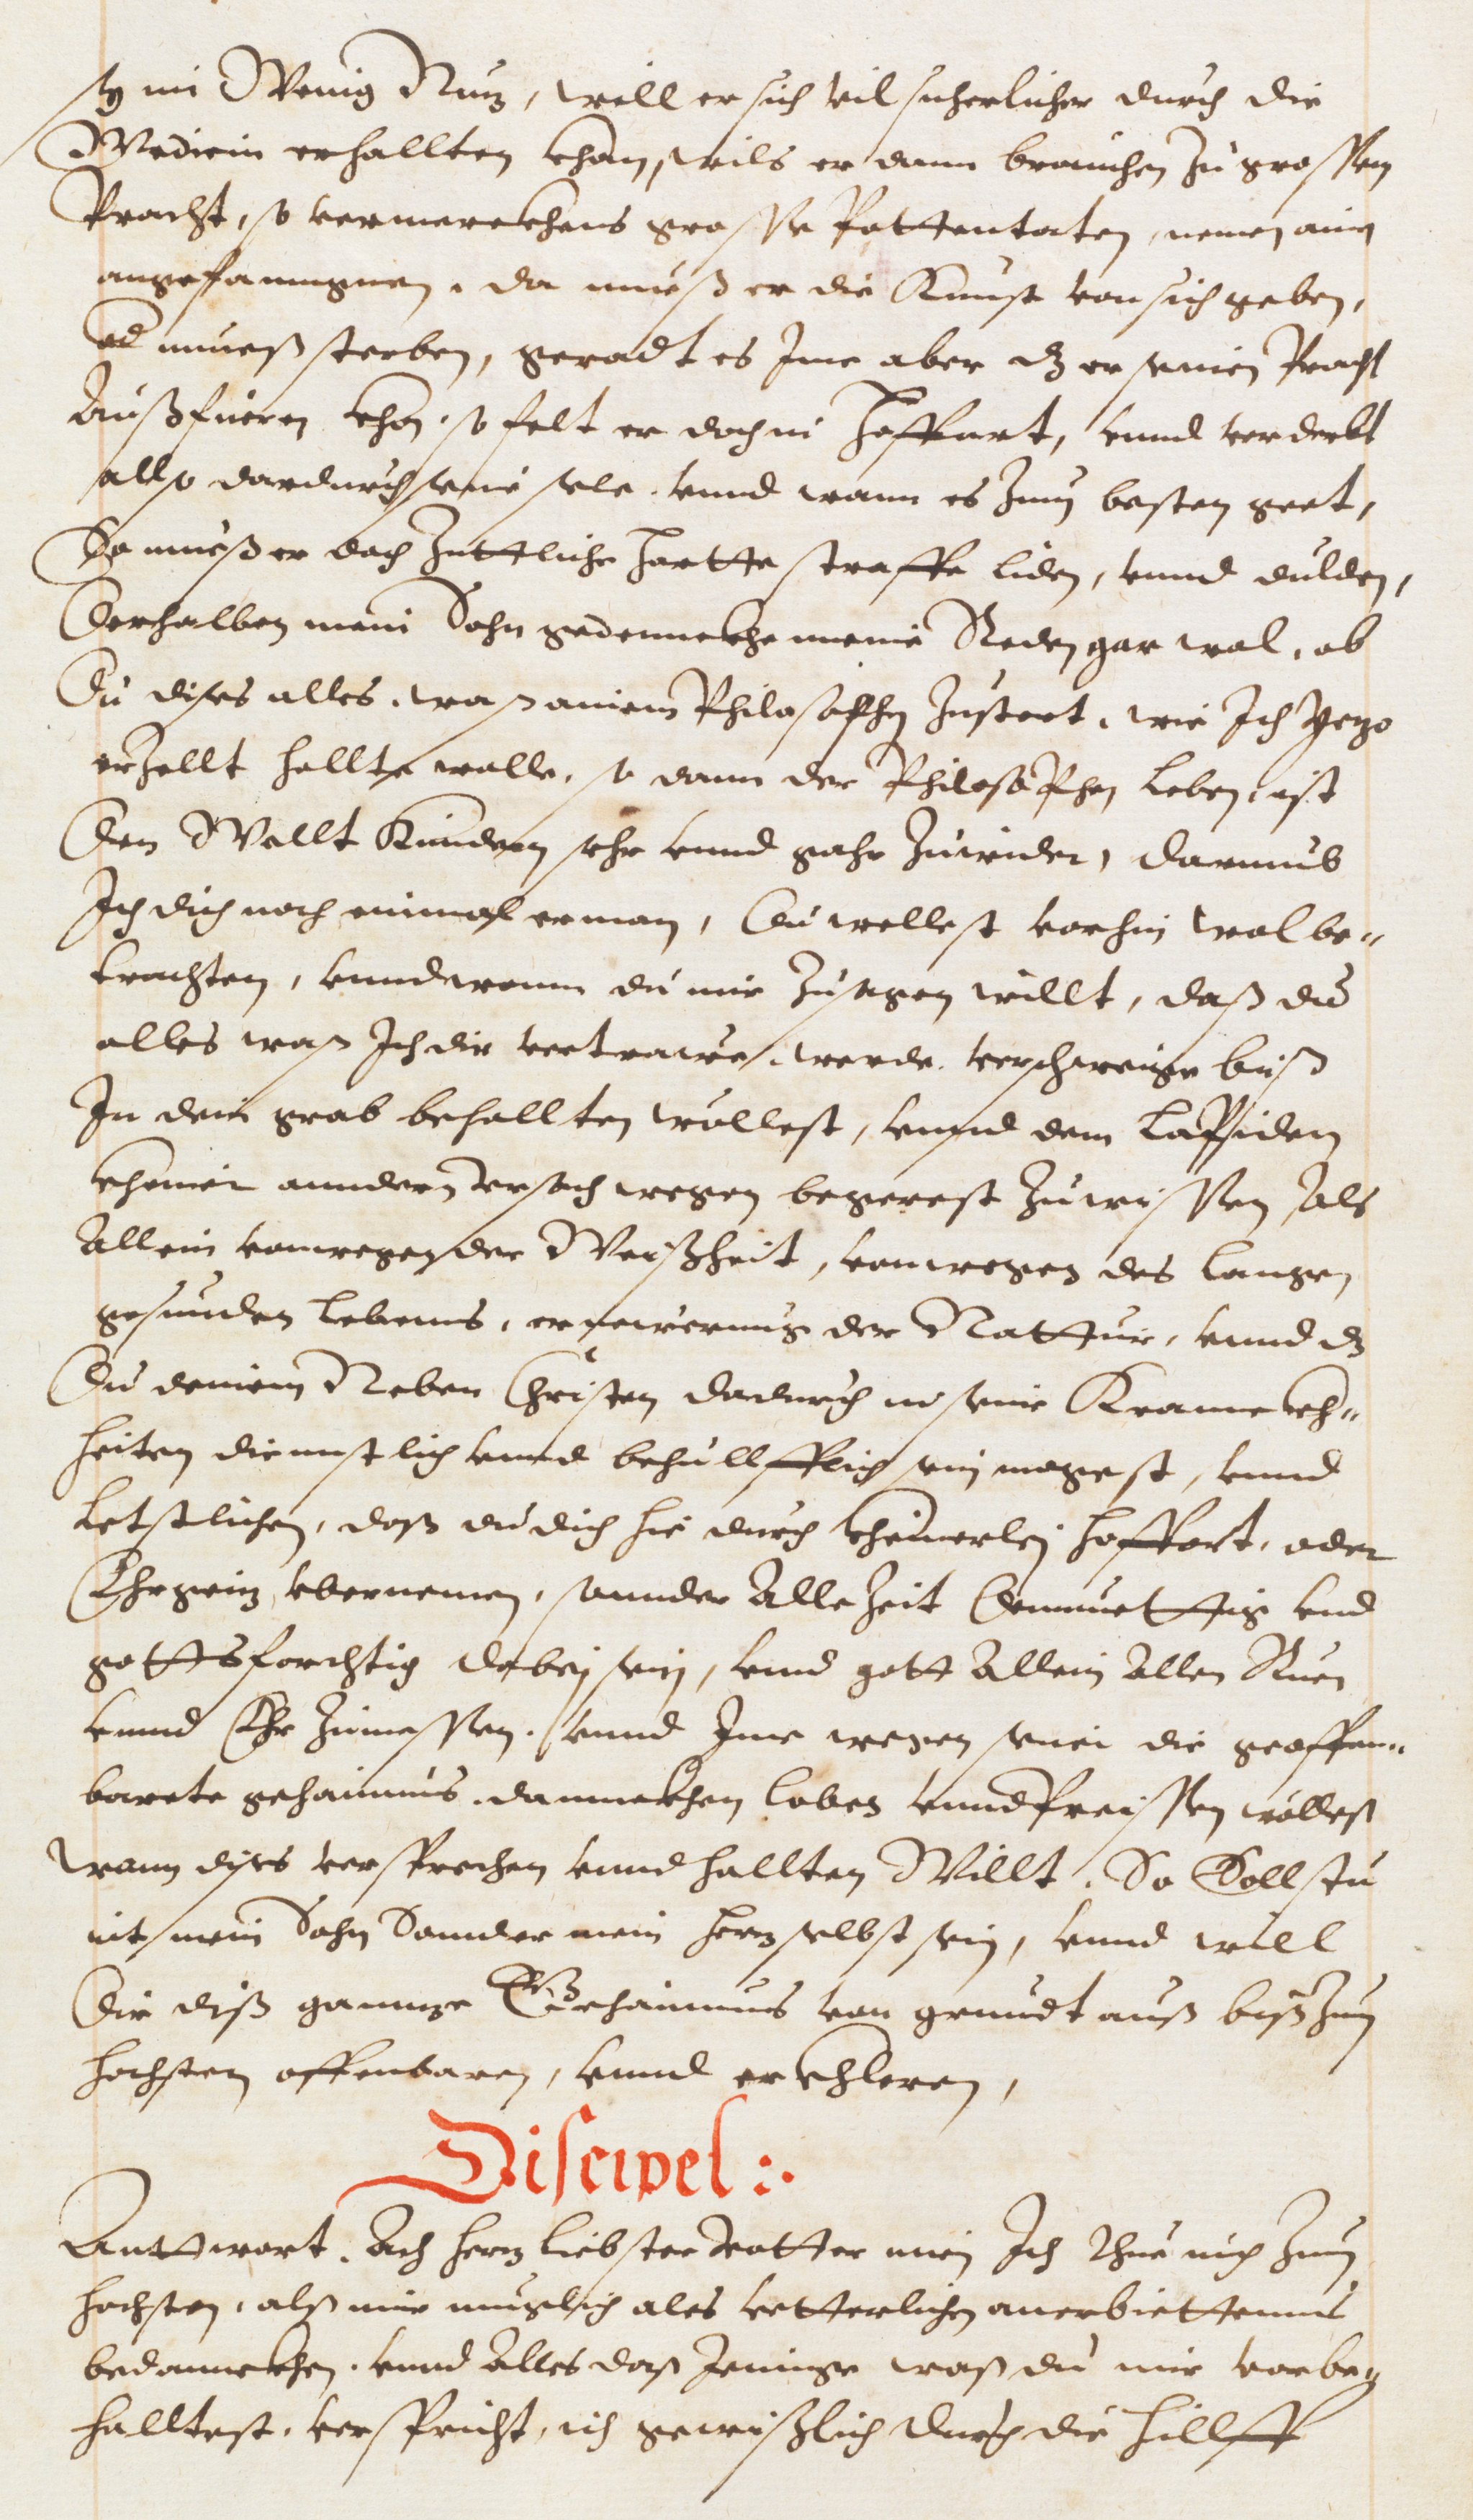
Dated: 1593–1593